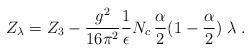
LaTeX: \begin{align*} Z_\lambda = Z_3 - \frac{g^2}{16\pi^2} \frac{1}{\epsilon} N_c \, \frac \alpha 2 (1-\frac \alpha 2 ) \; \lambda \; .\end{align*}